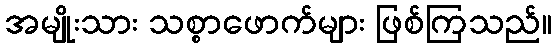
အမျိုးသား သစ္စာဖောက်များ ဖြစ်ကြသည်။